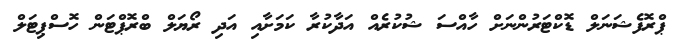
ޕްރޮފެޝަނަލް ޑޮކްޓަރުންނަށް ހާއްސަ ޝުކުރެއް އަދާކުރާ ކަމަށާއި އަދި ރޯޔަލް ބްރޮޕްޓަން ހޮސްޕިޓަލް